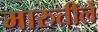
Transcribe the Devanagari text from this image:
मारुतीले